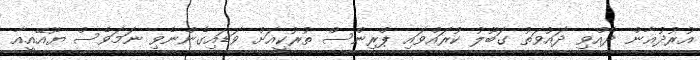
އުރުދުޣާން ދެއްވި ދައުވަތު ގަބޫލު ކުރައްވައި ޕްރިންސް ތުރުކީއަށް ވަޑައިގެންނެވި ނަމަވެސް ޔޫއޭއީއާ